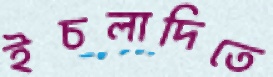
ইচলাদিতে